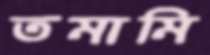
তমামি